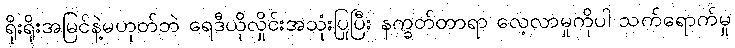
ရိုးရိုးအမြင်နဲ့မဟုတ်ဘဲ ရေဒီယိုလှိုင်းအသုံးပြုပြီး နက္ခတ်တာရာ လေ့လာမှုကိုပါ သက်ရောက်မှု